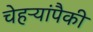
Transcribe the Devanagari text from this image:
चेहऱ्यांपैकी